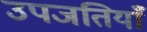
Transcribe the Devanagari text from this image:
उपजतियाँ